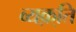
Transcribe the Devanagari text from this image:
व्यक़्ति